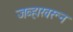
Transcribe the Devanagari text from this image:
जव्हारवरून